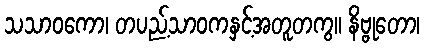
သသာဝကော၊ တပည့်သာဝကနှင့်အတူတကွ။ နိဗ္ဗုတော၊